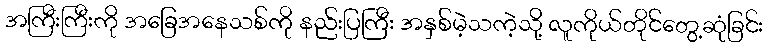
အကြီးကြီးကို အခြေအနေသစ်ကို နည်းပြကြီး အနှစ်မဲ့သကဲ့သို့ လူကိုယ်တိုင်တွေ့ဆုံခြင်း